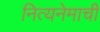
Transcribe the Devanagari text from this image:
नित्यनेमाची